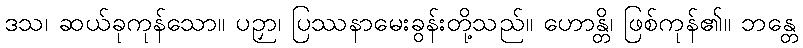
ဒသ၊ ဆယ်ခုကုန်သော။ ပဉှာ၊ ပြဿနာမေးခွန်းတို့သည်။ ဟောန္တိ၊ ဖြစ်ကုန်၏။ ဘန္တေ